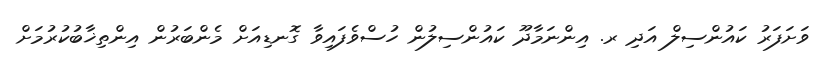
ވަށަފަރު ކައުންސިލް އަދި ރ. އިންނަމާދޫ ކައުންސިލުން ހުސްވެފައިވާ ގޮނޑިއަށް މެންބަރުން އިންތިޚާބުކުރުމަށް